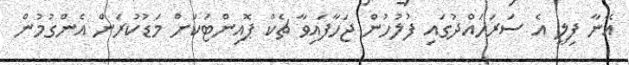
އޭނާ ފިލީ އެ ސަރަހައްދުގައި ފުލުހުން ޖަހާފައިވާ ޗެކް ޕޮއިންޓަކަށް މަޑުކުރަން އެންގުމުން